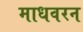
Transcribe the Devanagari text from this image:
माधवरन